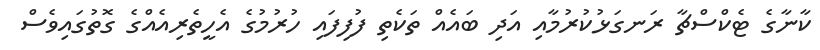
ކާނާގެ ޓެކްސްޗާ ރަނގަޅުކުރުމާއި އަދި ބައެއް ތަކެތި ފުފިފައި ހުރުމުގެ އެހީތެރިއެއްގެ ގޮތުގައިވެސް